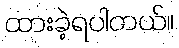
ထားခဲ့ရပါတယ်။